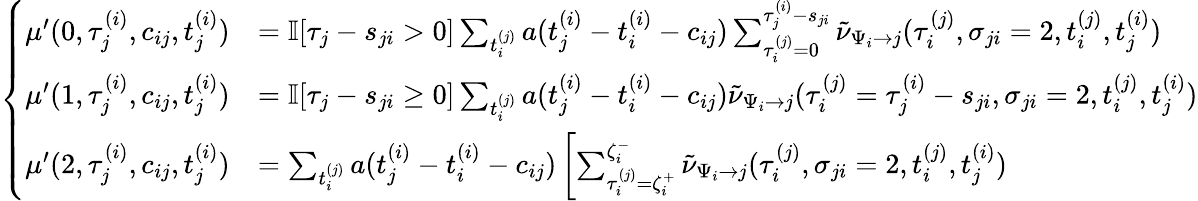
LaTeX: \begin{array}{r}{\left\{ \begin{array}{llllll}{\mu^{\prime}(0,\tau_{j}^{(i)},c_{ij},t_{j}^{(i)})}&{=\mathbb{I}[\tau_{j}-s_{ji}>0]\sum_{t_{i}^{(j)}}a(t_{j}^{(i)}-t_{i}^{(i)}-c_{ij})\sum_{\tau_{i}^{(j)}=0}^{\tau_{j}^{(i)}-s_{ji}}\tilde{\nu}_{\Psi_{i}\to j}(\tau_{i}^{(j)},\sigma_{ji}=2,t_{i}^{(j)},t_{j}^{(i)})}\\ {\mu^{\prime}(1,\tau_{j}^{(i)},c_{ij},t_{j}^{(i)})}&{=\mathbb{I}[\tau_{j}-s_{ji}\geq 0]\sum_{t_{i}^{(j)}}a(t_{j}^{(i)}-t_{i}^{(i)}-c_{ij})\tilde{\nu}_{\Psi_{i}\to j}(\tau_{i}^{(j)}=\tau_{j}^{(i)}-s_{ji},\sigma_{ji}=2,t_{i}^{(j)},t_{j}^{(i)})}\\ {\mu^{\prime}(2,\tau_{j}^{(i)},c_{ij},t_{j}^{(i)})}&{=\sum_{t_{i}^{(j)}}a(t_{j}^{(i)}-t_{i}^{(i)}-c_{ij})\left[\sum_{\tau_{i}^{(j)}=\zeta_{i}^{+}}^{\zeta_{i}^{-}}\tilde{\nu}_{\Psi_{i}\to j}(\tau_{i}^{(j)},\sigma_{ji}=2,t_{i}^{(j)},t_{j}^{(i)})\right.}\end{array}\right.}\end{array}